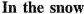
In the snow